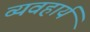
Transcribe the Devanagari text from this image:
व्‍यवहार्य